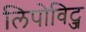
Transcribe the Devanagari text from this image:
लिपोविट्ज